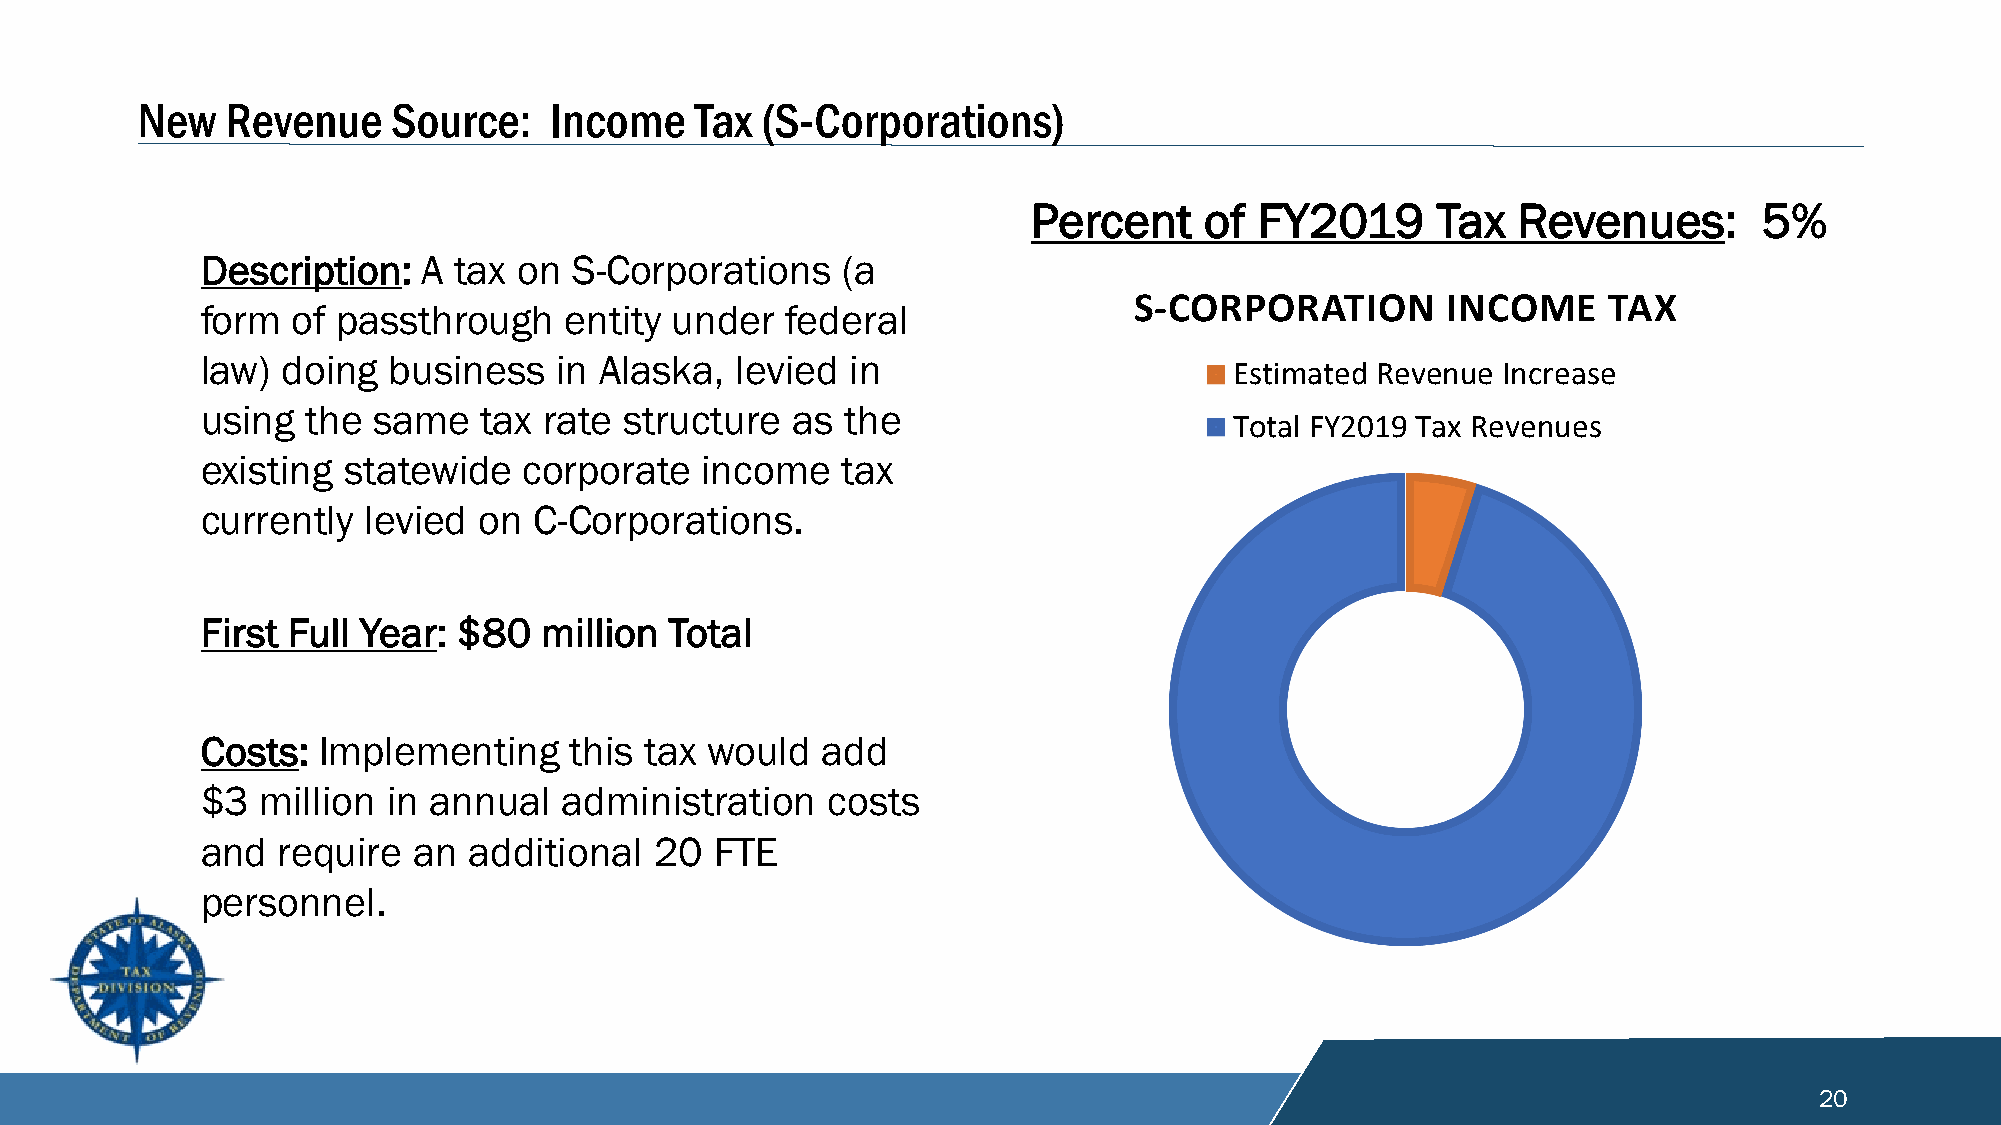
New   Revenue    Source:   Income    Tax (S-Corporations)
 Percent     of FY2019      Tax  Revenues:        5%
 Description:   A tax on  S-Corporations    (a
 S-CORPORATION        INCOME    TAX
 form  of passthrough    entity under   federal
 law)  doing  business   in Alaska,  levied in                        Estimated Revenue Increase
 using  the  same   tax rate structure  as  the
 Total FY2019 Tax Revenues
 existing  statewide   corporate  income    tax
 currently  levied  on C-Corporations.
 First Full Year: $80   million Total
 Costs:  Implementing     this tax would  add
 $3  million  in annual  administration    costs
 and  require  an  additional  20  FTE
 personnel.
 20